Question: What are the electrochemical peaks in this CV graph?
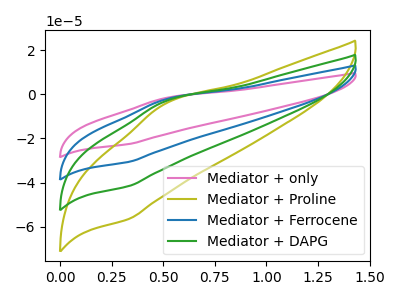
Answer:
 <answer>The pink curve "Mediator + only" has an anodic peak at (0.50V, -9.00uA) and a cathodic peak at (0.35V, -124.85uA). The olive curve "Mediator + Proline" has an anodic peak at (0.50V, -4.10uA) and a cathodic peak at (0.35V, -56.55uA). The blue curve "Mediator + Ferrocene" has an anodic peak at (0.50V, -6.00uA) and a cathodic peak at (0.35V, -83.25uA). The green curve "Mediator + DAPG" has an anodic peak at (0.50V, -3.00uA) and a cathodic peak at (0.35V, -41.60uA).</answer>
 <eval></eval>